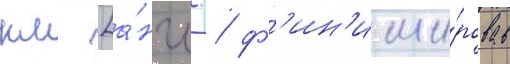
км [а́нгл. / ф'ин'иши́ровав